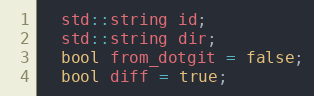
Language: C
  std::string id;
  std::string dir;
  bool from_dotgit = false;
  bool diff = true;